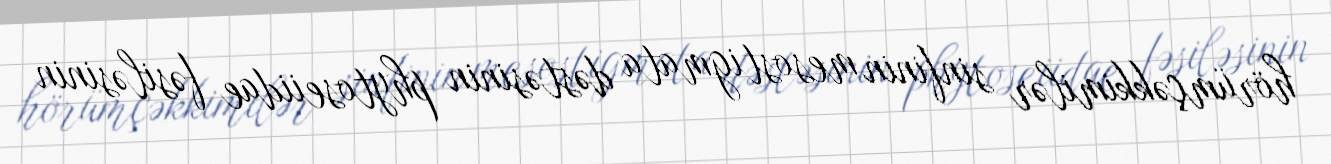
hörümçəkkimilər sinfinin mesostigmata dəstəsinin phytoseiidae fəsiləsinin